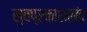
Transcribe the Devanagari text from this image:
स्वप्रकाशानंद